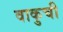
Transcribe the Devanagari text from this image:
वाकुची